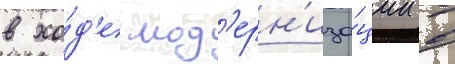
в хо́д'е мод'ерн'иза́ции в